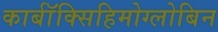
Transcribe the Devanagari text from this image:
कार्बॉक्सिहिमोग्लोबिन